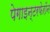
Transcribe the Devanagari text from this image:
पेगाइन्टरफेरॉन